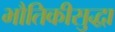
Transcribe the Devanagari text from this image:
भौतिकीसुद्धा